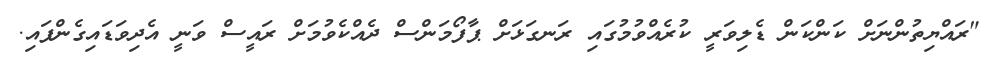
"ރައްޔިތުންނަށް ކަންކަން ޑެލިވަރީ ކުރެއްވުމުގައި ރަނގަޅަށް ޕާފޯމަންސް ދެއްކެވުމަށް ރައީސް ވަނީ އެދިވަަޑައިގެންފައި.